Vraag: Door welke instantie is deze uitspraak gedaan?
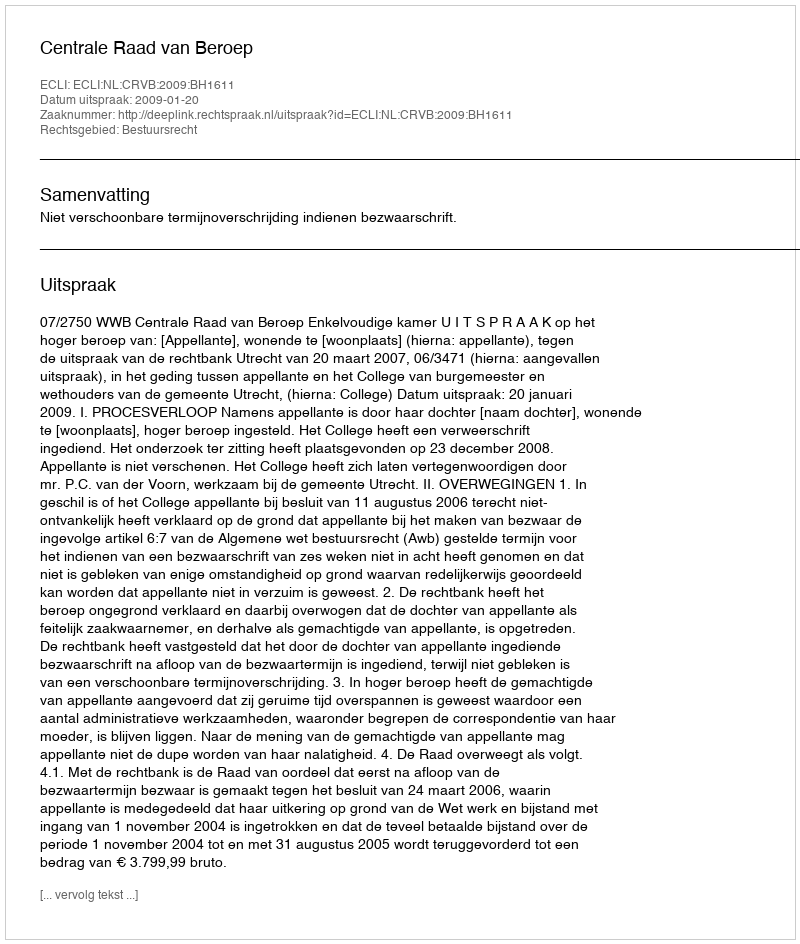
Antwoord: Centrale Raad van Beroep